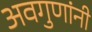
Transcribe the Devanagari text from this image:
अवगुणांनी